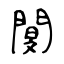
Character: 閺